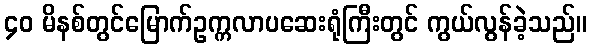
၄၀ မိနစ်တွင်မြောက်ဥက္ကလာပဆေးရုံကြီးတွင် ကွယ်လွန်ခဲ့သည်။